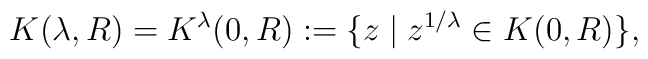
K(\lambda ,R) = K^\lambda (0,R) := \{z\mid z^{1/\lambda}\in K(0,R)\},